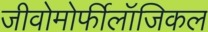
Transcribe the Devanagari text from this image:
जीवोमोर्फीलॉजिकल